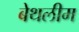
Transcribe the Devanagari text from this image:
बेथलीम